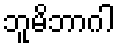
ဘူမိဘာဂါ